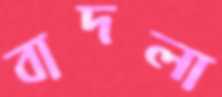
বাদলা